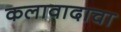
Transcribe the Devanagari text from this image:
कलावादाचा